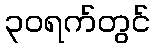
၃၀ရက်တွင်